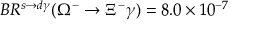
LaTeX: B R ^ { s \rightarrow d \gamma } ( \Omega ^ { - } \rightarrow \Xi ^ { - } \gamma ) = 8 . 0 \times 1 0 ^ { - 7 }